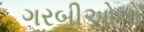
ગરબીઓનો